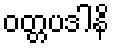
ဝတ္တပဒါနိ